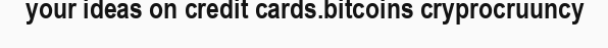
your ideas on credit cards.bitcoins cryprocruuncy